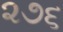
૨૭૬